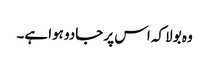
وہ بولا کہ اس پر جادو ہوا ہے۔